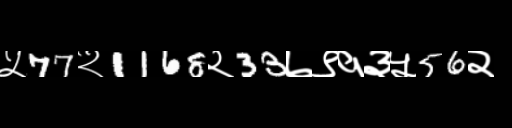
Text: ५77२1168२33७९१३५56२